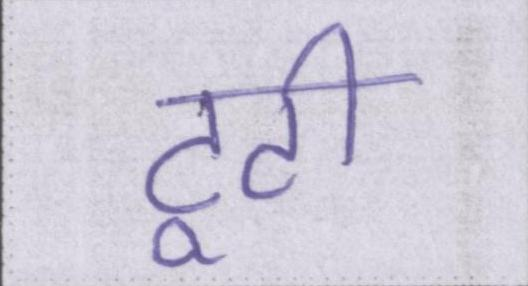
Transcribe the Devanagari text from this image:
टूटी